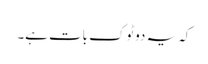
کہ یہ دوٹوک بات ہے۔